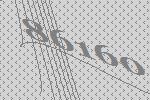
86160